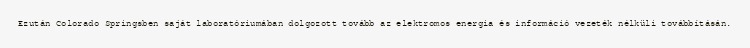
Ezután Colorado Springsben saját laboratóriumában dolgozott tovább az elektromos energia és információ vezeték nélküli továbbításán.